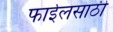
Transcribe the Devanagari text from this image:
फाईलसाठी